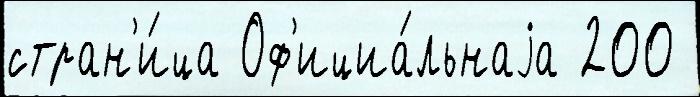
стран'и́ца Оф'ициа́льнаjа 200